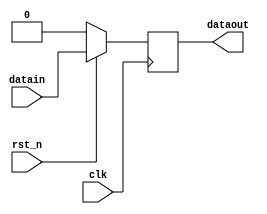
module dff1 (clk,rst_n,datain,dataout);
	input clk,datain,rst_n;
	output dataout;
	
	reg dataout;
	
	always @(posedge clk)
		if (!rst_n)	dataout<=1'b0;
		else	dataout<=datain;
endmodule